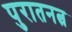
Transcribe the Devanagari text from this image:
पुरातनत्व